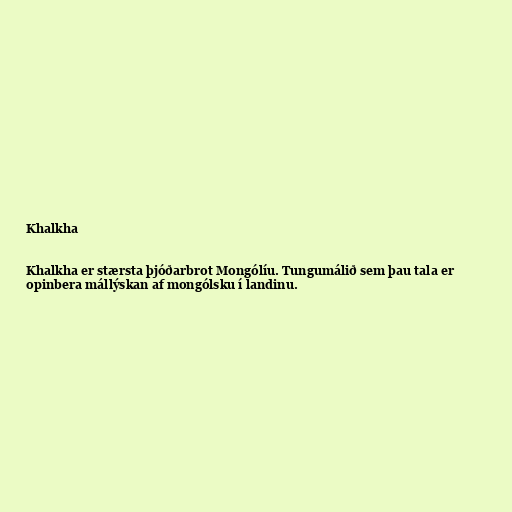
Khalkha

Khalkha er stærsta þjóðarbrot Mongólíu. Tungumálið sem þau tala er
opinbera mállýskan af mongólsku í landinu.